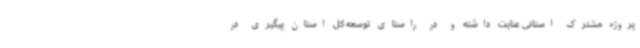
پروژه مشترک استانی عنایت داشته و در راستای توسعه کل استان پیگیری در